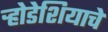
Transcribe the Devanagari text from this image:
र्‍होडेशियाचे